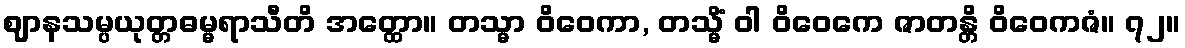
ဈာနသမ္ပယုတ္တဓမ္မရာသီတိ အတ္ထော။ တသ္မာ ဝိဝေကာ, တသ္မိံ ဝါ ဝိဝေကေ ဇာတန္တိ ဝိဝေကဇံ။ ၇၂။